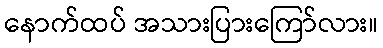
နောက်ထပ် အသားပြားကြော်လား။